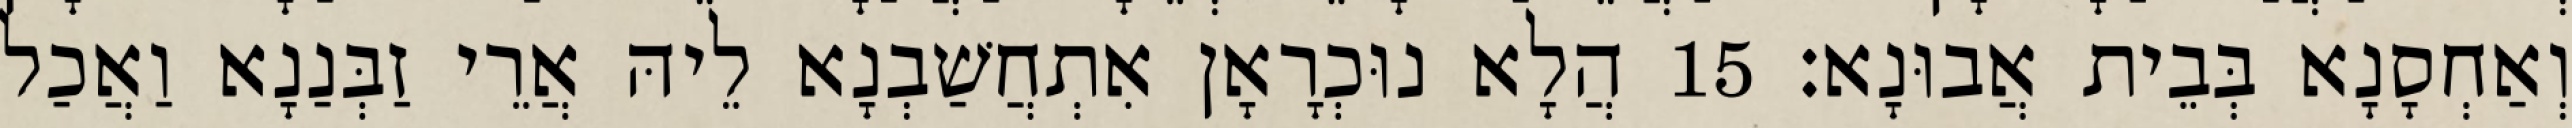
וְאַחְסָנָא בְּבֵית אֲבוּנָא׃ 15 הֲלָא נוּכְרָאָן אִתְחֲשַׁבְנָא לֵיהּ אֲרֵי זַבְּנַנָא וַאֲכַל